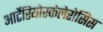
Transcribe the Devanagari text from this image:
आर्टेरियोस्केलेरोसिस